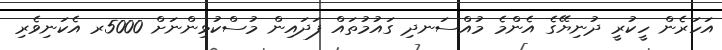
އަހަރެން ހީކުރީ ދުނިޔޭގެ އެންމެ މުއްސަނދި ގައުމުތައް ފަދައިން މުސްކުޅިންނަށް 5000ރ އެކަނިވެރި